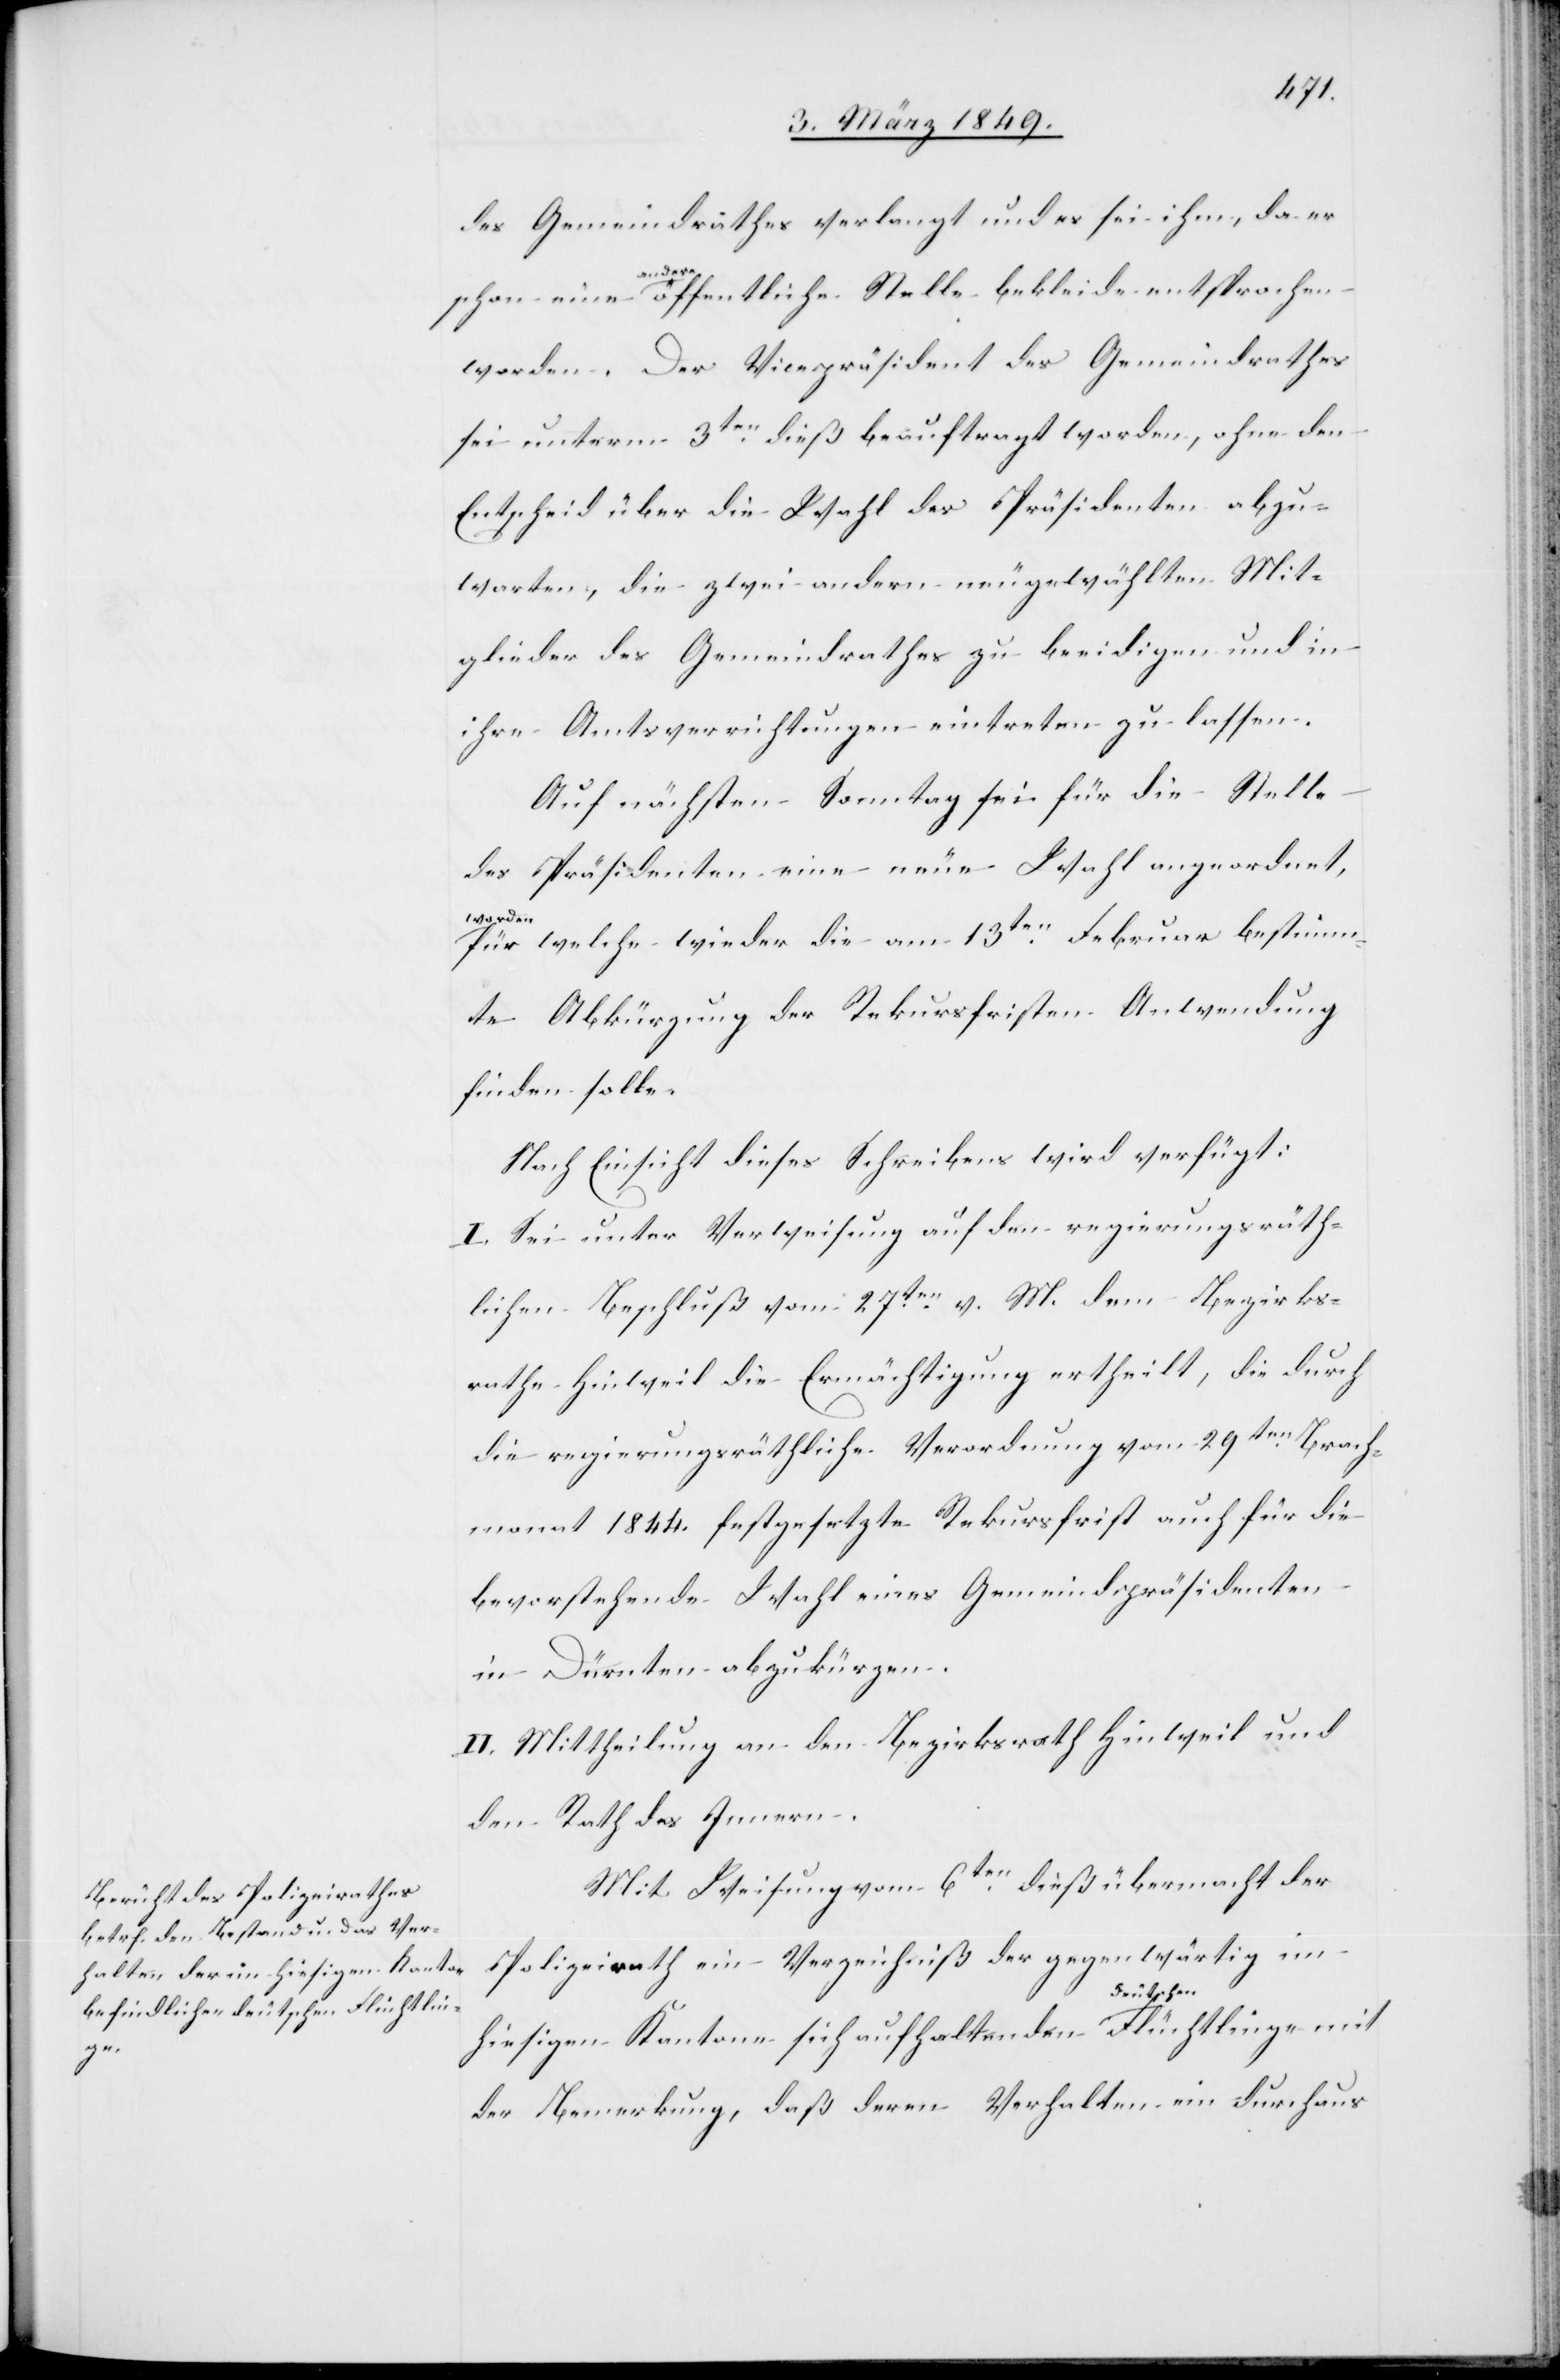
9. März 1849.]
des Gemeindrathes verlangt und es sei ihm, da er
schon eine andere öffentliche Stelle bekleide entsprochen
worden. Der Vicepräsident des Gemeindrathes
sei unterm 3ten. dieß beauftragt worden, ohne den
Entscheid über die Wahl des Präsidenten abzu¬
warten, die zwei andern neu gewählten Mit¬
glieder des Gemeindrathes zu beeidigen und in
ihre Amtsverrichtungen eintreten zu lassen.
Auf nächsten Sonntag sei für die Stelle
des Präsidenten eine neue Wahl angeordnet,
worden
für welche wieder die am 13ten. Februar bestimm¬
te Abkürzung der Rekursfristen Anwendung
finden solle.
Nach Einsicht dieses Schreibens wird verfügt:
I. Sei unter Verweisung auf den regierungsräth¬
lichen Beschluß vom 27ten. v. M. dem Bezirks¬
rathe Hinweil die Ermächtigung ertheilt, die durch
die regierungsräthliche Verordnung vom 29ten. Brach¬
monat 1844. festgesetzte Rekursfrist auch für die
bevorstehende Wahl eines Gemeindspräsidenten
in Dürnten abzukürzen.
II. Mittheilung an den Bezirksrath Hinweil und
den Rath des Innern.
Mit Weisung vom 6ten. dieß übermacht der
Polizeirath ein Verzeichniß der gegenwärtig im
hiesigen Kantone sich aufhaltenden deutschen
der Bemerkung, daß deren Verhalten ein durchaus